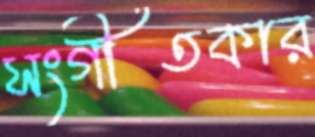
সংগীতকার